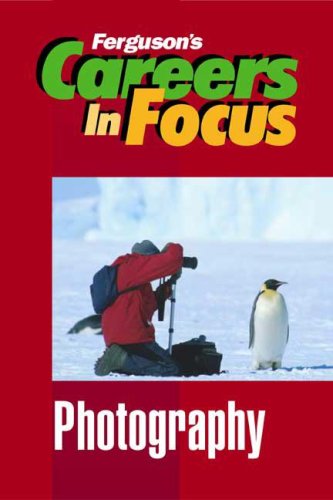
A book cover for Photography (Ferguson's Careers in Focus); Inc Facts on File; Teen & Young Adult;